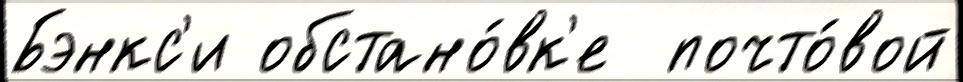
Бэнкс'и обстано́вк'е  почто́вой